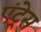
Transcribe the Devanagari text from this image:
एंट्रेस